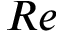
R e